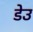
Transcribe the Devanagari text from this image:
डेउ